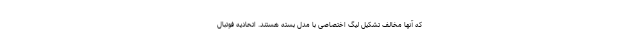
که آنها مخالف تشکیل لیگ اختصاصی با مدل بسته هستند. اتحادیه فوتبال